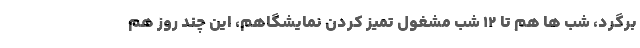
برگرد، شب ها هم تا ۱۲ شب مشغول تمیز کردن نمایشگاهم، این چند روز هم